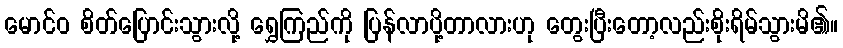
မောင်ဝ စိတ်ပြောင်းသွားလို့ ရွှေကြည်ကို ပြန်လာပို့တာလားဟု တွေးပြီးတော့လည်းစိုးရိမ်သွားမိ၏။